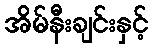
အိမ်နီးချင်းနှင့်